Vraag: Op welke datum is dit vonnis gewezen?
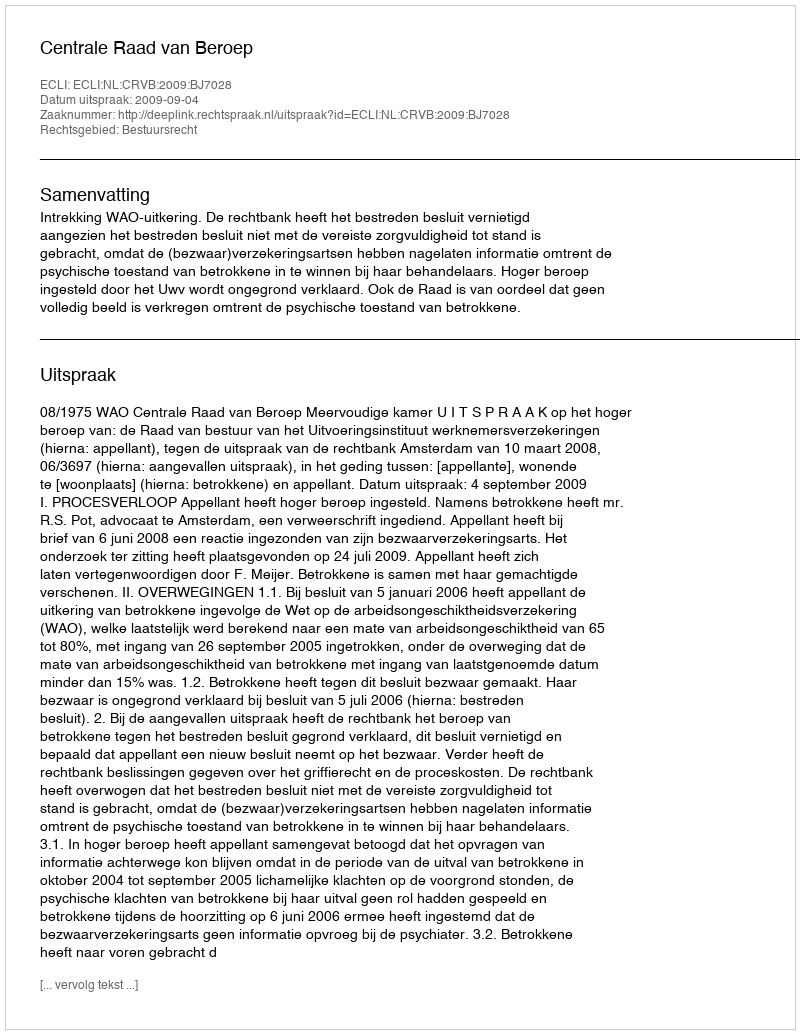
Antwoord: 2009-09-04